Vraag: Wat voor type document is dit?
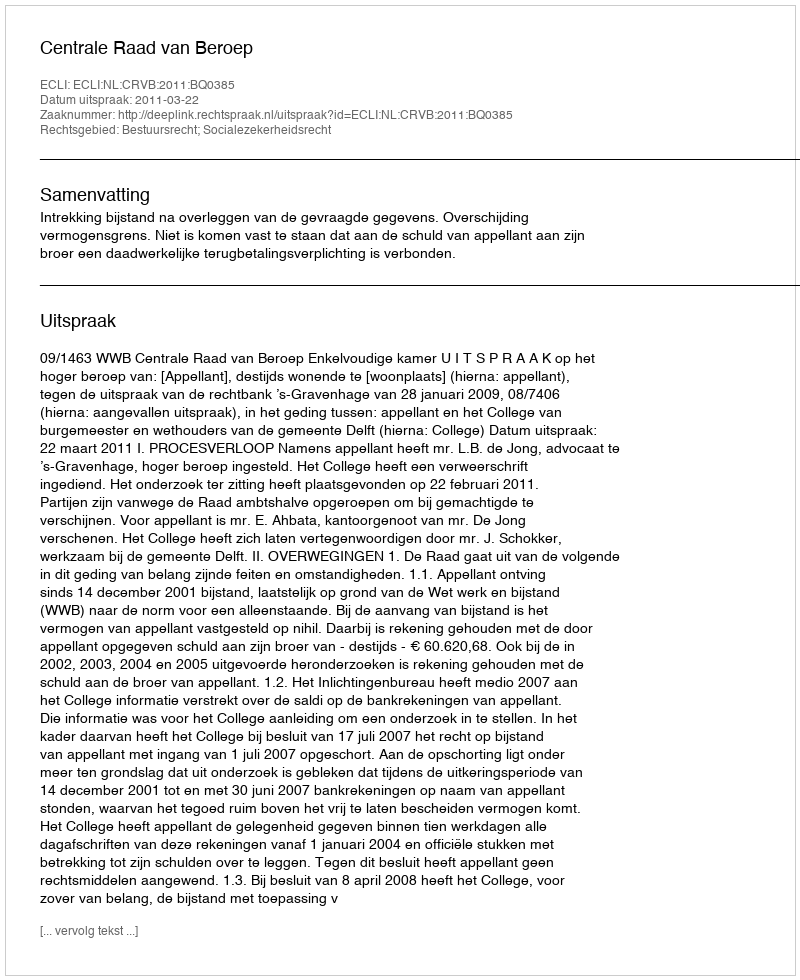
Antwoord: Uitspraak